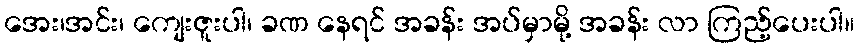
အေး၊အင်း၊ ကျေးဇူးပါ၊ ခဏ နေရင် အခန်း အပ်မှာမို့ အခန်း လာ ကြည့်ပေးပါ။